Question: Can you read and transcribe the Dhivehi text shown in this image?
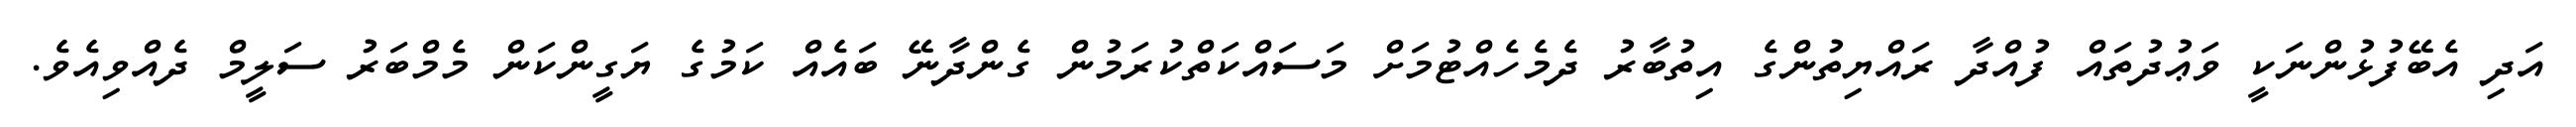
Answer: އަދި އެބޭފުޅުންނަކީ ވަޢުދުތައް ފުއްދާ ރައްޔިތުންގެ އިތުބާރު ދެމެހެއްޓުމަށް މަސައްކަތްކުރަމުން ގެންދާނޭ ބައެއް ކަމުގެ ޔަގީންކަން މެމްބަރު ސަލީމް ދެއްވިއެވެ.